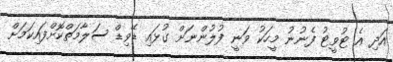
އަދި އެ ޓުވީޓު ފެނުނު މީހަކު ވަނީ ފުލުންނަށް ގުޅައި ޑޭވިޑް ސަލާމަތްކޮށްފައިކަމަށް